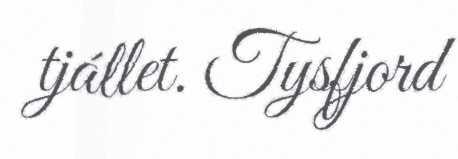
tjállet. Tysfjord